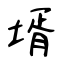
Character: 壻